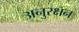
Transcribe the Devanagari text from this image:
अनुरक्षन